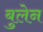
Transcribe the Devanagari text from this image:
बुलेन